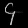
Digit: ၄